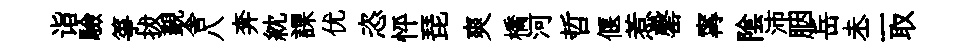
诣驗箏拔覲舎八奔紞課优恣怦琵爽橋河哲偃惹罄𡩋隂沛胭岳未二取